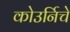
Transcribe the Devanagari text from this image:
कोउर्निचे